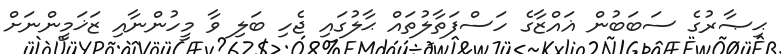
ޙިޞާރުގެ ސަބަބުން ޣައްޒާގެ ހަސްފަތާލުތައް ޙާލުގައި ޖެހި ބަލި ވާ މީހުންނާއި ޒަޚަމީންނަށް